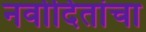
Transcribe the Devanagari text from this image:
नवोदितांचा